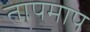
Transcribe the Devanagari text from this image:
तापमाप